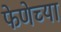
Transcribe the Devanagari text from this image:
फेणेच्या